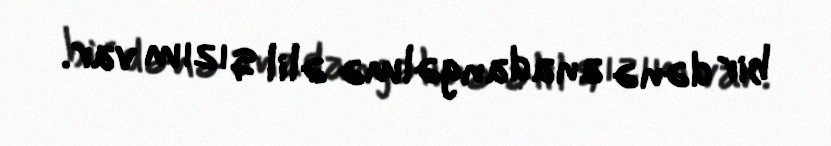
bir dənə anadangəlmə əlil qızım var.